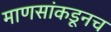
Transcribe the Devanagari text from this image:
माणसांकडूनच